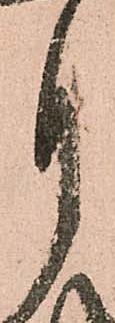
月